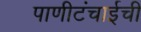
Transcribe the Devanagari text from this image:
पाणीटंचाईची